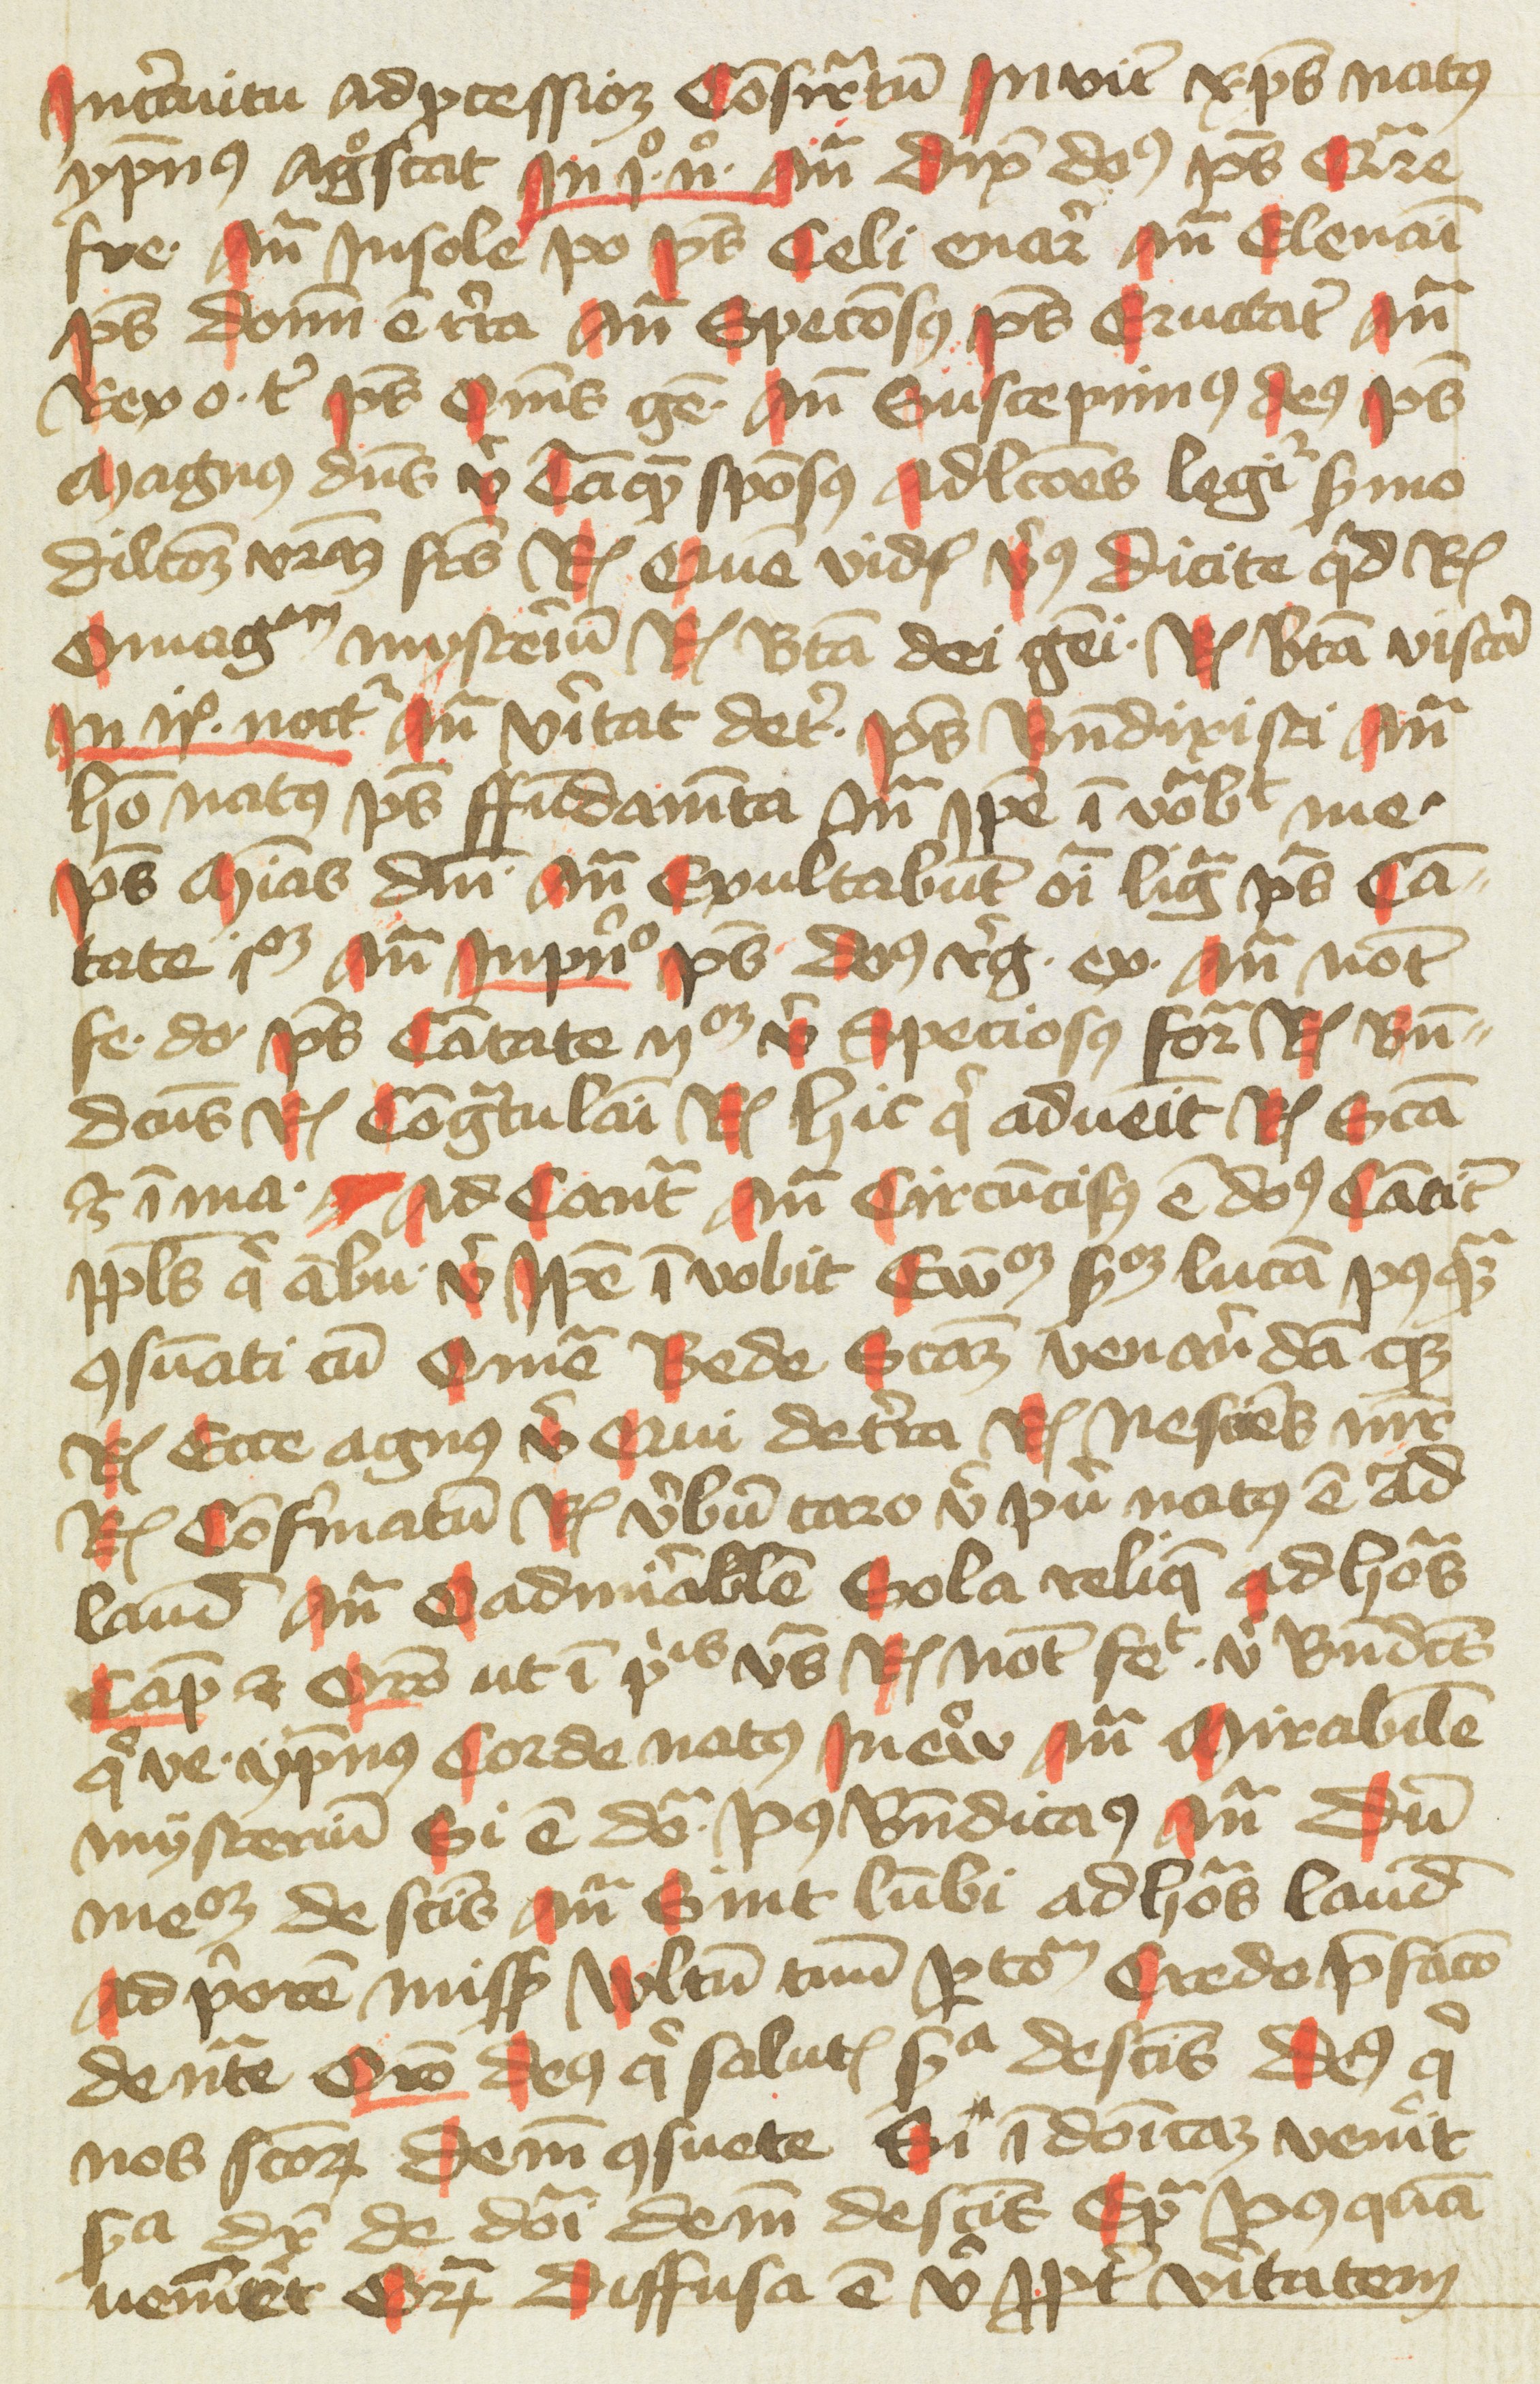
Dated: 1400–1499